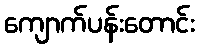
ကျောက်ပန်းတောင်း